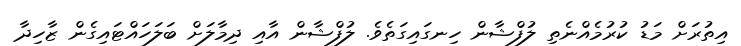
އިތުރަށް މަޑު ކުރުމެއްނެތި ލުފްޝާން ހިނގައިގަތެވެ. ލުފްޝާން އާއި ދިމާލަށް ބަލަހައްޓައިގެން ޒާހިދާ